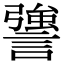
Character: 謽